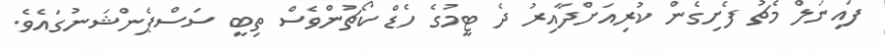
ފައިނަލް މެޗު ފެށިގެން ކުރިއަށްދާއިރު ދެ ޓީމުގެ ހެޑް ކޯޗުންވެސް ތިބީ ސަސްޕެންޝަނުގައެވެ.